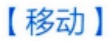
【移动】